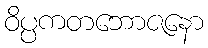
ဝိပ္ပကတဘောဇနော